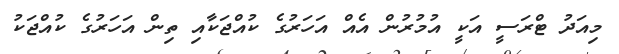
މިއަދު ޓްރަސީ އަކީ އުމުރުން އެއް އަހަރުގެ ކުއްޖަކާއި ތިން އަހަރުގެ ކުއްޖަކު